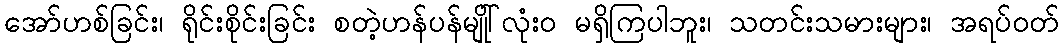
အော်ဟစ်ခြင်း၊ ရိုင်းစိုင်းခြင်း စတဲ့ဟန်ပန်မျိုါ်လုံး၀ မရှိကြပါဘူး၊ သတင်းသမားများ၊ အရပ်ဝတ်